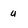
Character: u